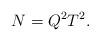
LaTeX: \begin{align*} N=Q^2T^2.\end{align*}